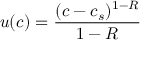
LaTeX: u ( c ) = { \frac { ( c - c _ { s } ) ^ { 1 - R } } { 1 - R } }